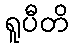
ရူပီတိ